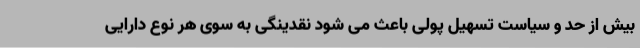
بیش از حد و سیاست تسهیل پولی باعث می شود نقدینگی به سوی هر نوع دارایی